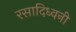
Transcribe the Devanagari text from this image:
रसादिध्वनी